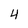
Character: 4